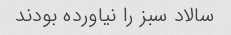
سالاد سبز را نیاورده بودند